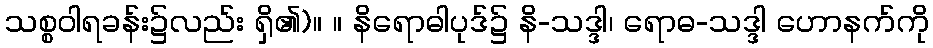
သစ္စဝါရခန်း၌လည်း ရှိ၏)။ ။ နိရောဓါပုဒ်၌ နိ-သဒ္ဒါ၊ ရောဓ-သဒ္ဒါ ဟောနက်ကို